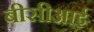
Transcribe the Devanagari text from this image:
बीसीआई